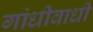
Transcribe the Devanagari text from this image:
गांधीवाधी